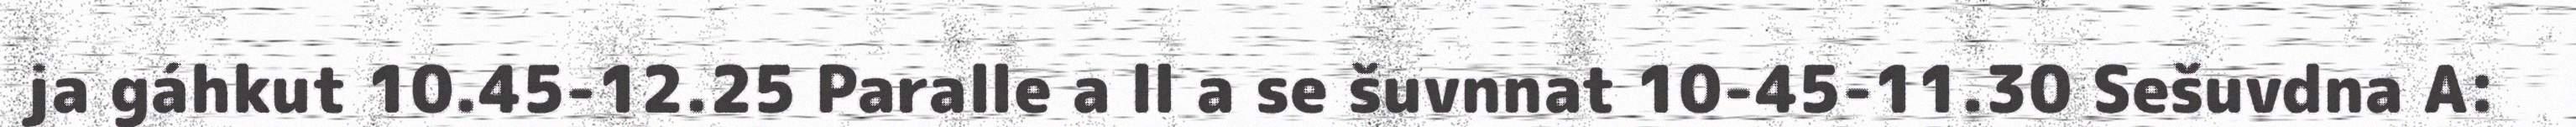
ja gáhkut 10.45-12.25 Paralle a ll a se šuvnnat 10-45-11.30 Sešuvdna A: